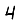
Digit: 4